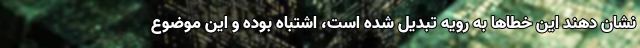
نشان دهند این خطاها به رویه تبدیل شده‌ است، اشتباه بوده و این موضوع